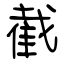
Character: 截